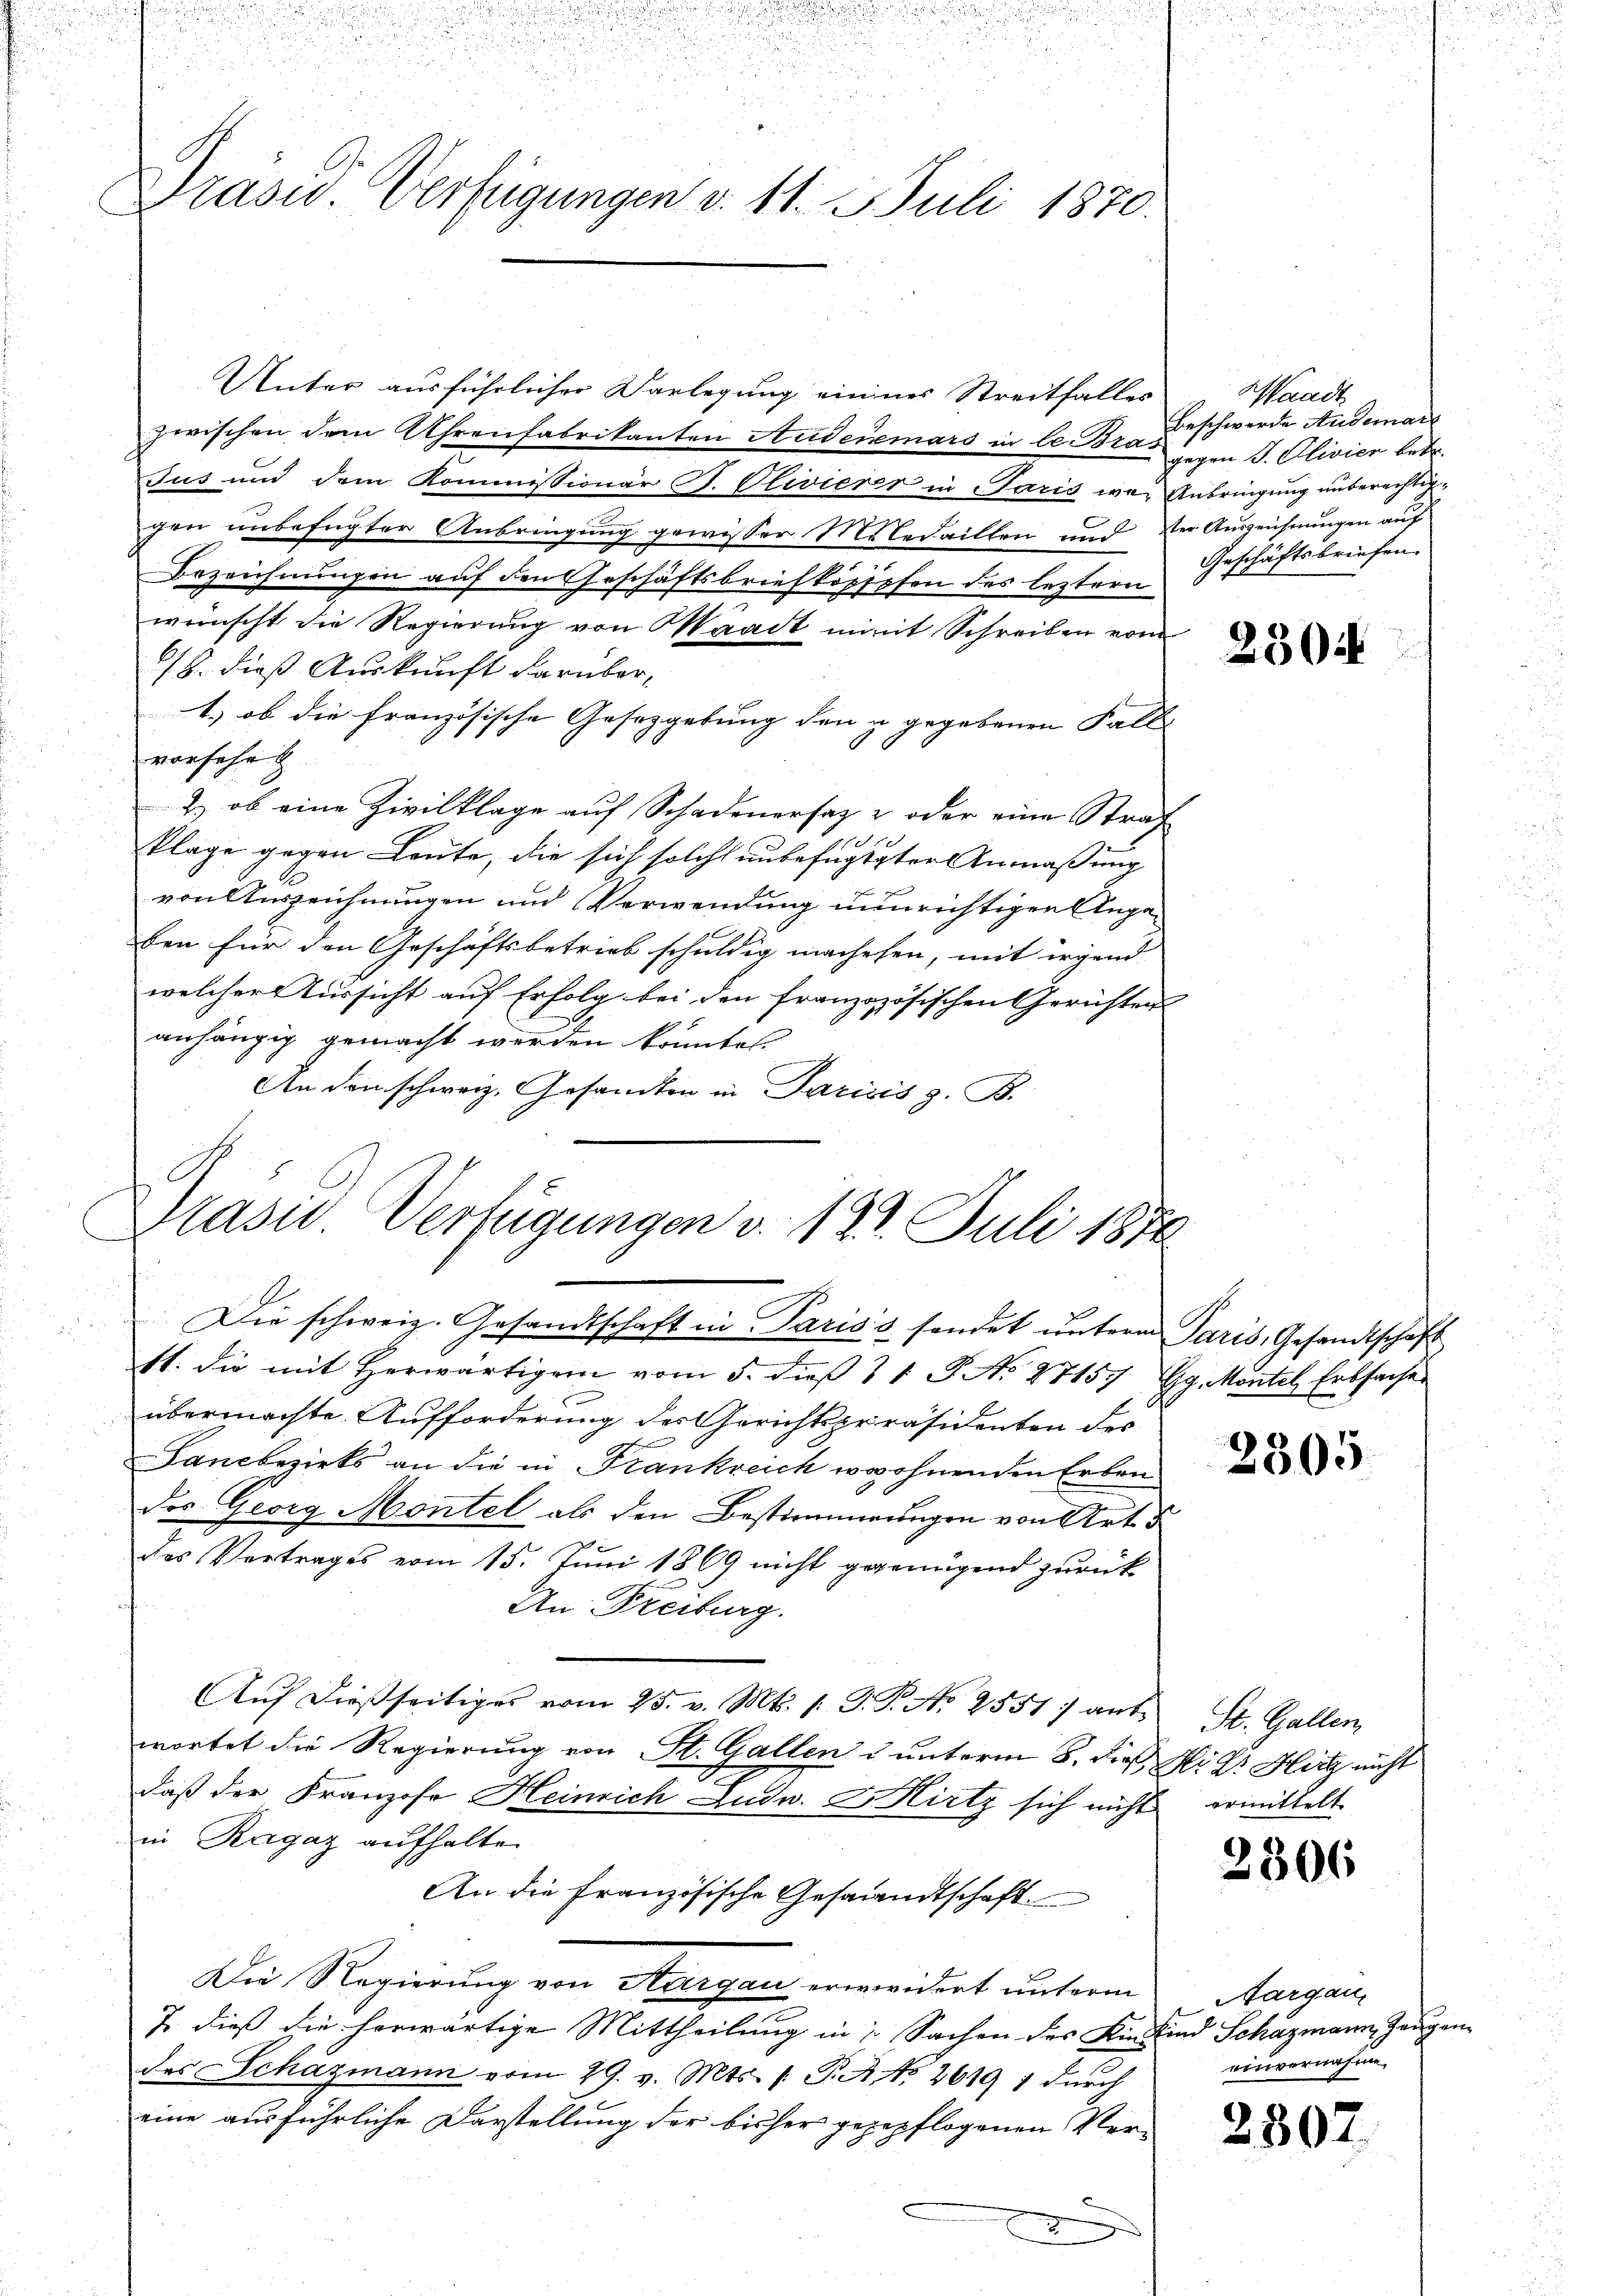
.

Präsid Verfügungen v. 11. Juli 1870.

Unter ausführlicher Vorlegung einner Streitfalles
zwischen dem Uhrenfabrikanten Audenmars in le. Bras
Jus und dem Kommissionär P. Olivierer in Paris vor Anbringung unberechtiggen unbefugter Anbringung gewisser Miledaillen und der Auszeichnungen auf
Bezeichnungen auf den Geschäftsbriefkopfpfen des leztern
wünscht die Regierung von Waadt nimit Schreiben vom
18. dieß Auskunft darüber,
1., ob die französische Gesetzgebung den u. gegebenen Fall
vorsehe
2) ob eine Zivilklage auf Schadenersatz u oder eine Straf
klage gegen Leute, die sich solche unbefugtgter Anmaßung
von Auszeichnungen und Verwendung nunrichtigen Angeben für den Geschäftsbetrieb schuldig machehen, mit irgend
welcher ussicht auf Erfolg bei den franzozösischen Gerichten |
anhängig gemacht werden könnte.
An den schweiz. Gesandten in Parisis z. B.

Präsid. Verfügungen v. 123. Juli 1874.

Die schweiz. Gesandtschaft in Parisis sondet ŭnterm Paris, Gesandtschaft
11. die mit herwärtigen vom 5. dieβ 31 J. No. 27157 Gg. Montel, Erbsache
übermachte Aufforderung des Gerichtspräsidenten des
Landbezirks an die in Frankreich erwohnenden Erbendes Georg Montel als den Bestimmungen von Art. 5
das Vertrages vom 15. Juni 1869 nicht gegenügend zurück
An Freiburg.
Auf dießseitiges vom 25. v. Mts. 1. G. P. No 2551) ant
wortet die Regierung von St. Gallen u unterm 8. dieß M. D. Hitz nicht
daß der Franzose Heinrich Ludw. V. Hirtz sich nicht ermittelt
in Ragaz aufhalten
An die Französische Gesandtschaft
Die Regierung von Aargau erwividert unterm Aargau,
7. dieß die herwärtige Mittheilung in Sachen des Kin Kind Schazmann, Zeugendes Schazmann vom 29. v. Mts. 1. P. No. 2619 1 durch
eine ausführliche Darstellung der bisher gegepflogenen Ver¬

Waadt
Beschwerde Audemar
gegen J. Clivier betr.
Geschäftsbriefen.

2304

2305

St. Gallen,

2306

einvernahme.

2307.